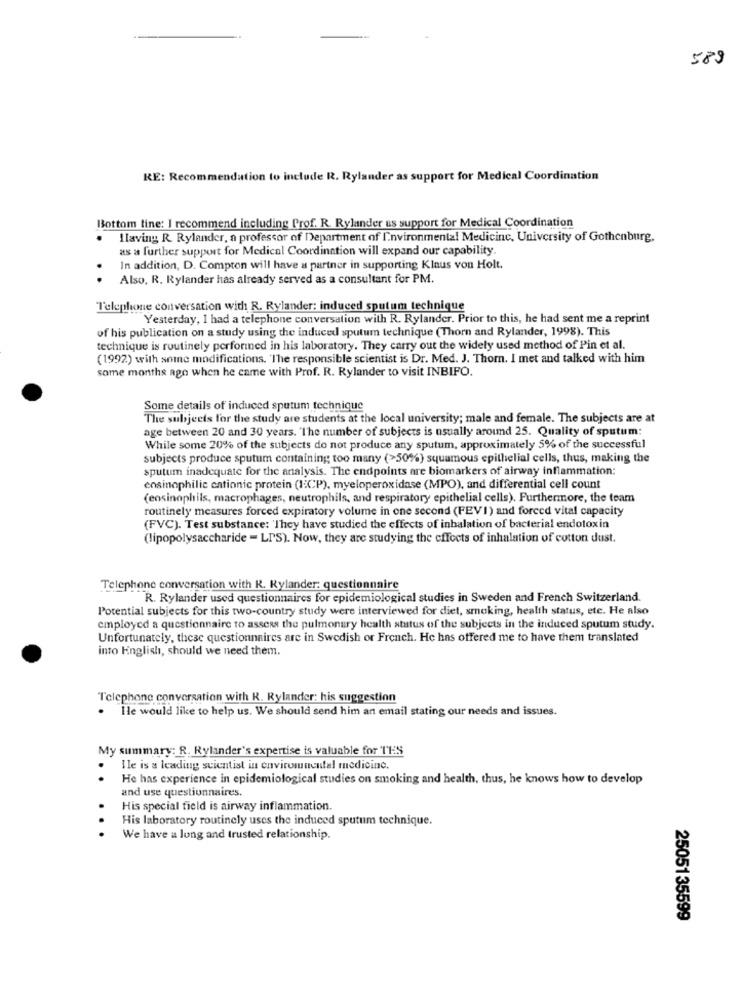
589
RE: Recommendation to include R. Rylander as support for Medical Coordination
Bottom line: I recommend including Prof. R. Rylander as support for Medical Coordination
.
Hlaving R. Rylander, a professor of Department of Environmental Medicine, University of Gothenburg.
as a further support for Medical Coordination will expand our capability.
In addition, D. Compton will have a partner in supporting Klaus von Holt.
.
Also, R. Rylander has already served as a consultant for PM.
Telephone conversation with R. Rylander: induced sputum technique
Yesterday, I had a telephone conversation with R. Rylander. Prior to this, he had sent me a reprint
of his publication on a study using the induced sputum technique (Thorn and Rylander, 1998). This
technique is routinely perforined in his laboratory. They carry out the widely used method of Pin et al.
(1992) with some modifications. 'The responsible scientist is Dr. Med. J. Thorn. I met and talked with him
some months ago when he came with Prof. R. Rylander to visit INBIFO.
Some details of induced sputum technique
The subjects for the study are students at the local university; male and female. The subjects are at
age between 20 and 30 years. The number of subjects is usually around 25. Quality of sputum:
While some 20% of the subjects do not produce any sputum, approximately 5% of the successful
subjects produce sputum containing too many (>50%) squamous epithelial cells, thus, making the
sputum inadequate for the analysis. The endpoints are biomarkers of airway inflammation:
ensinophilie cationic protein (ICP), myeloperoxidase (MPO), and differential cell count
(ensinophils, macrophages, neutrophils, and respiratory epithelial cells). Furthermore, the team
routinely measures forced expiratory volume in one second (FEV1) and forced vital capacity
(FVC). Test substance: 'They have studied the effects of inhalation of bacterial endotoxin
(lipopolysaccharide - LIS). Now, they are studying the effects of inhalation of cotton dust.
Telephone conversation with R. Rylander: questionnaire
R. Rylander used questionnaires for epidemiological studies in Sweden and French Switzerland.
Potential subjects for this two-country study were interviewed for diet, smoking, health status, etc. He also
employed a questionnaire to assess the pulmonary health status of the subjects in the induced sputum study.
Unfortunately, these questionnaires are in Swedish or French. He has offered me to have them translated
into English, should we need them.
Telephone conversation with R. Rylander: his suggestion
. Hle would like to help us. We should send him an email stating our needs and issues.
My summary: R. Rylander's expertise is valuable for TES
Ile is a leading scientist in environmental medicine.
He has experience in epidemiological studies on smoking and health, thus, he knows how to develop
:. .
and use questionnaires.
His special field is airway inflammation.
His laboratory routinely uses the induced sputum technique.
...
We have a long and trusted relationship.
2505135599